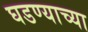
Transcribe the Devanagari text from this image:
घडण्याच्या